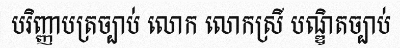
បរិញ្ញាបត្រច្បាប់ លោក លោកស្រី បណ្ឌិតច្បាប់